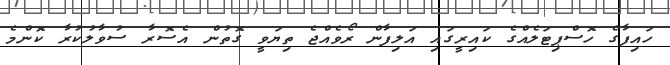
ހައިފާގެ ހޮސްޕިޓަލެއްގެ ކައިރީގައި އަލިފާން ރޯވެއްޖެ ތިޔަވީ ގޮތުން އެސޮރާ ސުވާލުކުރާ ކޮންމެ